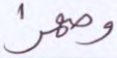
وصهرا